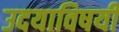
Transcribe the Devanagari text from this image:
उदयाविषयी